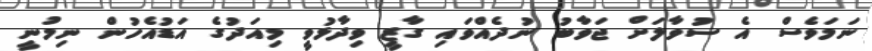
ނަމަވެސް އެ ސުވާލަށް ޖަވާބު ނުދެއްވައި ގާޒީ ވިދާޅުވީ މިއަދުގެ އަޑުއެހުން ނިމުނީ